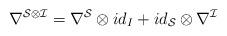
LaTeX: \begin{align*}\nabla^{\mathcal{S}\otimes \mathcal{I}}=\nabla^{\mathcal{S}}\otimes id_{I}+id_{\mathcal{S}}\otimes \nabla^{\mathcal{I}}\end{align*}